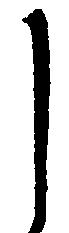
し